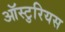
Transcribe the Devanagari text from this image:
ऑस्टुरियस